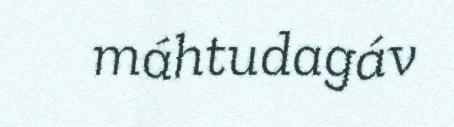
máhtudagáv